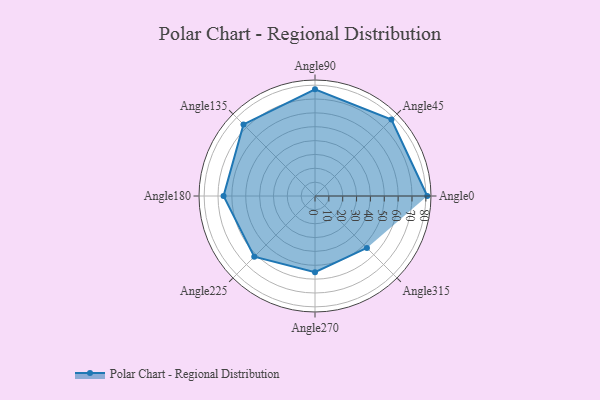
{"axis": {"x": "Angle", "y": "Radius"}, "legend": [""], "data": [{"x": "Angle0", "y": 81.0, "type": ""}, {"x": "Angle45", "y": 78.0, "type": ""}, {"x": "Angle90", "y": 77.0, "type": ""}, {"x": "Angle135", "y": 73.0, "type": ""}, {"x": "Angle180", "y": 66.0, "type": ""}, {"x": "Angle225", "y": 62.0, "type": ""}, {"x": "Angle270", "y": 55.0, "type": ""}, {"x": "Angle315", "y": 53.0, "type": ""}]}